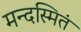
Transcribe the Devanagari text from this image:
मन्दस्मितं